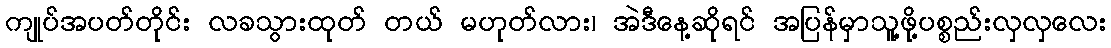
ကျုပ်အပတ်တိုင်း လခသွားထုတ် တယ် မဟုတ်လား၊ အဲဒီနေ့ဆိုရင် အပြန်မှာသူ့ဖို့ပစ္စည်းလှလှလေး